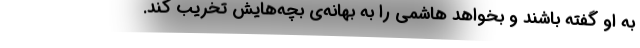
به او گفته باشند و بخواهد هاشمی را به بهانه‌ی بچه‌هایش تخریب کند.